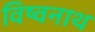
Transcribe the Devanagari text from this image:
विष्वनाथ